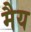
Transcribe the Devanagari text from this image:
मैय